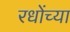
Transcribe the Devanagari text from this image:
रधोंच्या